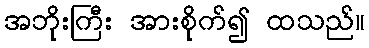
အဘိုးကြီး အားစိုက်၍ ထသည်။